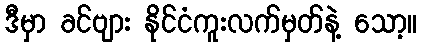
ဒီမှာ ခင်ဗျား နိုင်ငံကူးလက်မှတ်နဲ့ သော့။